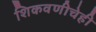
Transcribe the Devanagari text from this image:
शिकवणीचेही